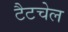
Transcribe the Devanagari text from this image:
टैटचेल